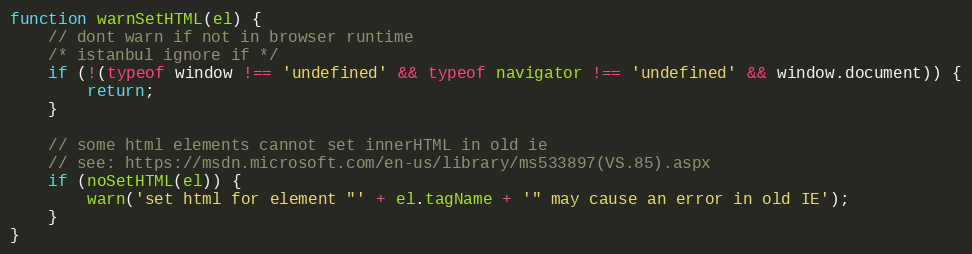
Language: JavaScript
function warnSetHTML(el) {
    // dont warn if not in browser runtime
    /* istanbul ignore if */
    if (!(typeof window !== 'undefined' && typeof navigator !== 'undefined' && window.document)) {
        return;
    }

    // some html elements cannot set innerHTML in old ie
    // see: https://msdn.microsoft.com/en-us/library/ms533897(VS.85).aspx
    if (noSetHTML(el)) {
        warn('set html for element "' + el.tagName + '" may cause an error in old IE');
    }
}